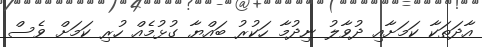
އާދަތަކާ ކަމަށާއި ދުވާލު ނިދުމާ ހަކުރު ބައްޔާ ގުޅުމެއް ހުރި ކަމަށް ވެސް